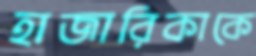
হাজারিকাকে